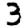
Digit: 3